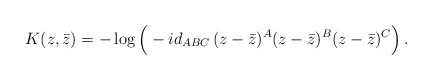
\begin{align*}K(z,\bar z)=-\log \Big(- id_{ABC}\,(z-\bar z)^A(z-\bar z)^B(z-\bar z)^C \Big) \, .\end{align*}